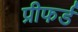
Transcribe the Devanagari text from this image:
प्रीफर्ड